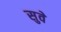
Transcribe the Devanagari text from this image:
सुवे